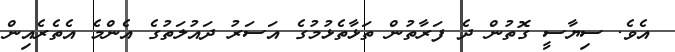
އެވެ. ސިޔާސީ ގޮތުން ދެ ފަރާތުން ތަޅާތެޅުމުގެ އަސަރު ދައުލަތުގެ އެންމެ އެތެރެއިން